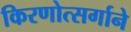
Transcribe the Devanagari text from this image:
किरणोत्सर्गाने